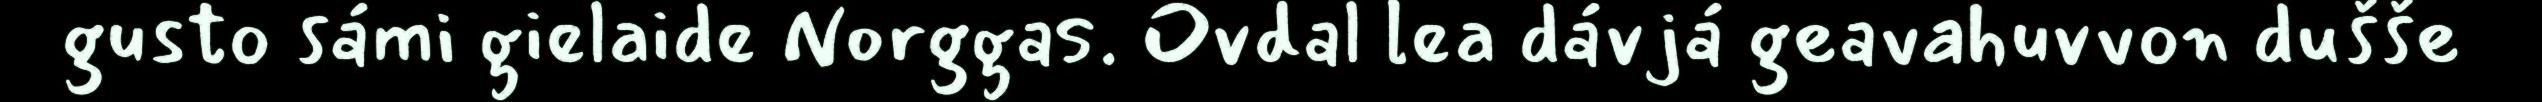
gusto sámi gielaide Norggas. Ovdal lea dávjá geavahuvvon dušše